Indian journal of veterinary science and animal husbandry - Volume 4,
Year: 1934
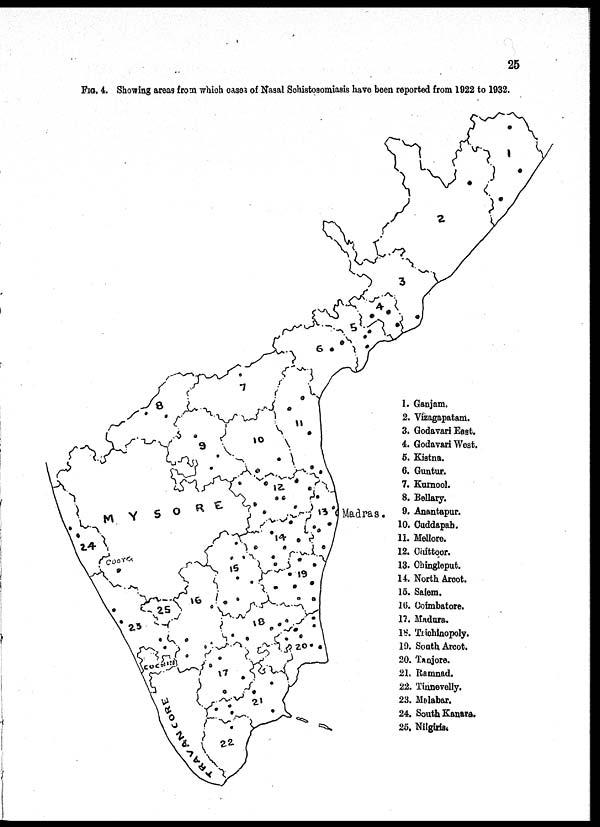
25
Fig. 4. Showing areas from which cases of Nasal Schistosomiasis have been reported from 1922 to 1932.
1. Ganjam.
2. Vizagapatam.
3. Godavari East.
4. Godavari West.
5. Kistna.
6. Guntur.
7. Kurnool.
8. Bellary.
9. Anantapur.
10. Cuddapah.
11. Mellore.
12. Chittoor.
13. Chingleput.
14. North Arcot.
15. Salem.
16. Coimbatore.
17. Madura.
18. Trichinopoly.
19. South Arcot.
20. Tanjore.
21. Ramnad.
22. Tinnevelly.
23. Malabar.
24. South Kanara.
25. Nilgiris.